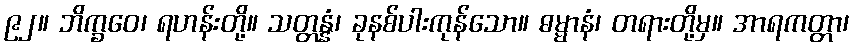
၉၂။ ဘိက္ခဝေ၊ ရဟန်းတို့။ သတ္တန္နံ၊ ခုနစ်ပါးကုန်သော။ ဓမ္မာနံ၊ တရားတို့မှ။ အာရကတ္တာ၊